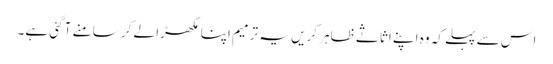
اس سے پہلے کہ وہ اپنے اثاثے ظاہر کریں یہ ترمیم اپنا مکھڑا لے کر سامنے آ گئی ہے۔